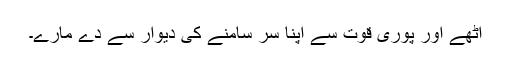
اٹھے اور پوری قوت سے اپنا سر سامنے کی دیوار سے دے مارے۔